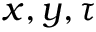
x , y , \tau